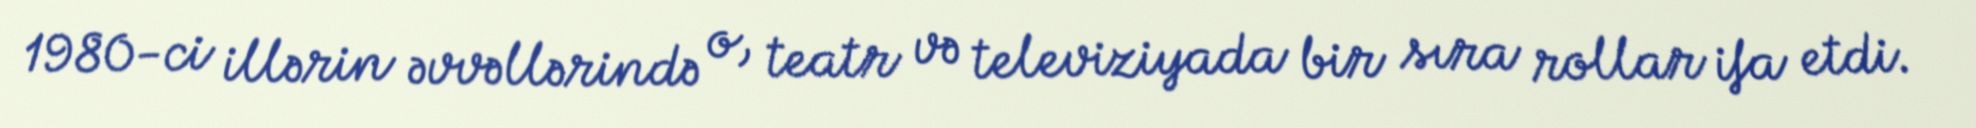
1980-ci illərin əvvəllərində o, teatr və televiziyada bir sıra rollar ifa etdi.